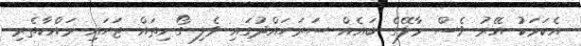
އެކަމަކު އޭރު ވެސް މާލޭގެ ބައެއް ސަރަހައްދުގައި ވެލި ގޯނިތައް ޖަހައި ރައްކާތެރި